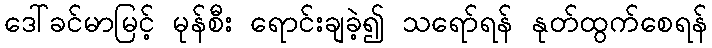
ဒေါ်ခင်မာမြင့် မုန်စီး ရောင်းချခဲ့၍ သရော်ရန် နုတ်ထွက်စေရန်